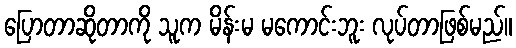
ပြောတာဆိုတာကို သူက မိန်းမ မကောင်းဘူး လုပ်တာဖြစ်မည်။